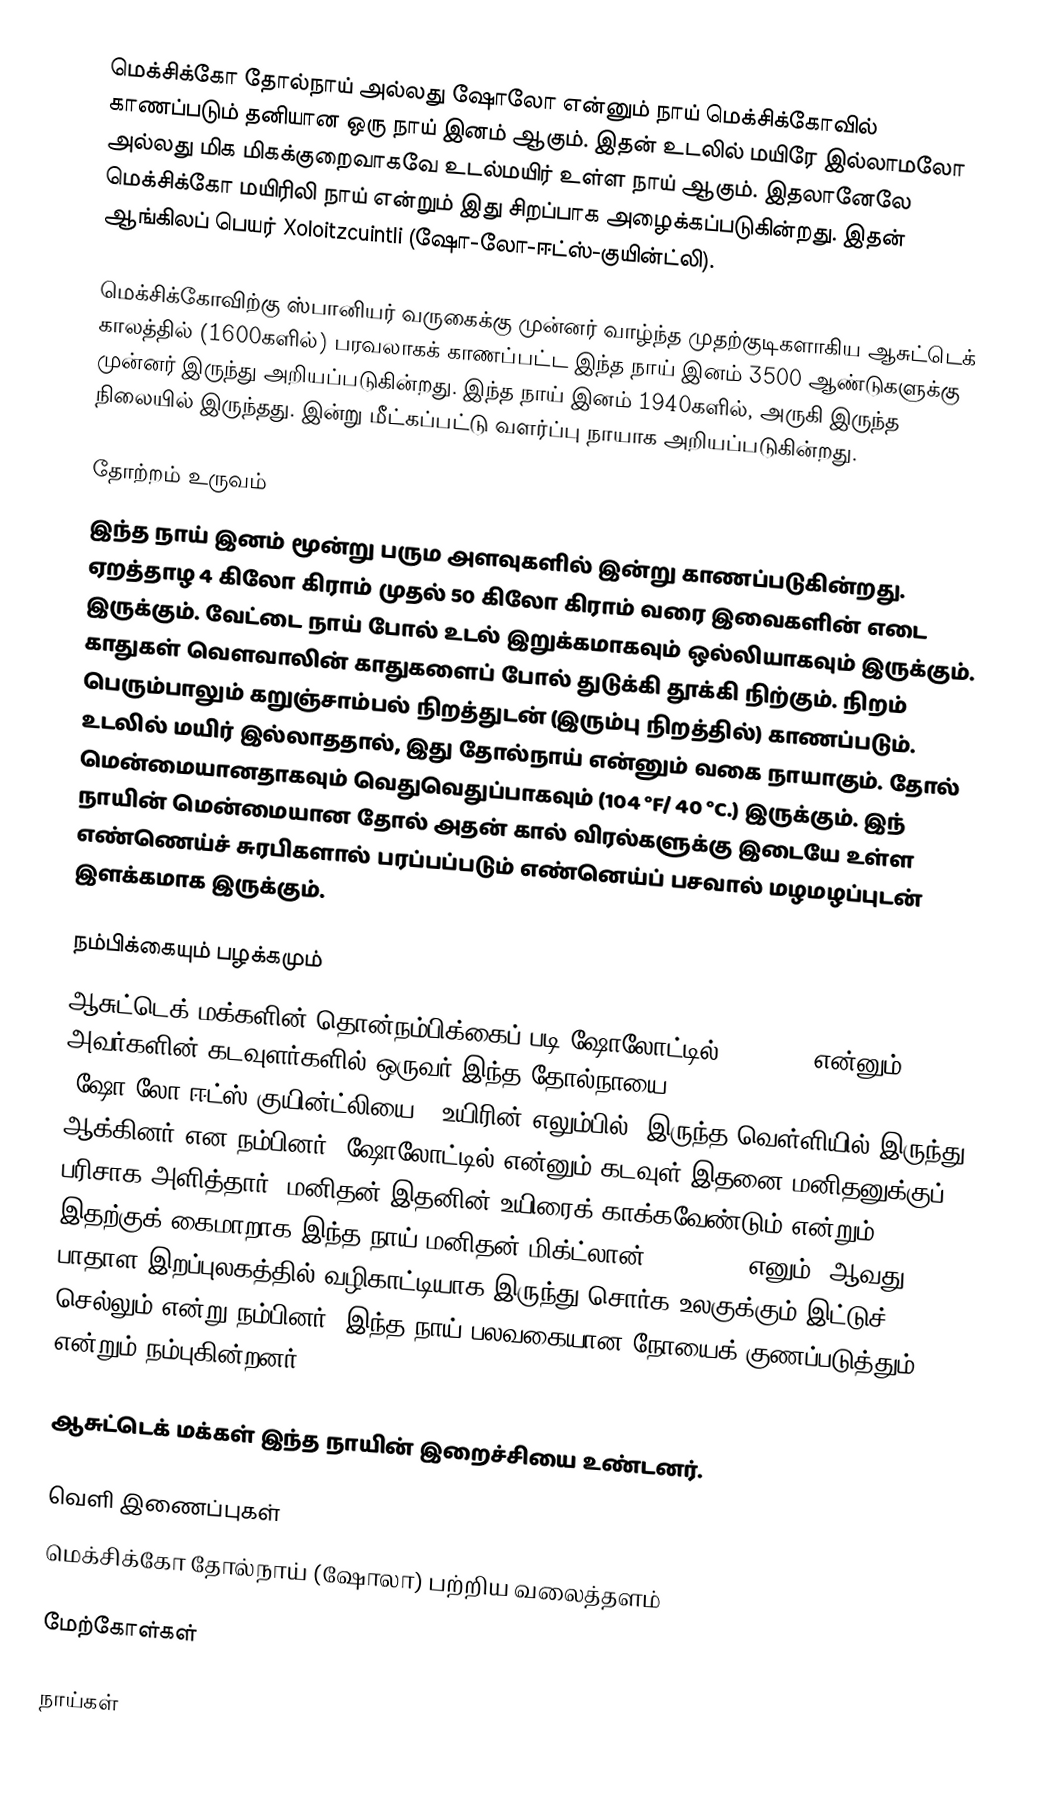
மெக்சிக்கோ தோல்நாய் அல்லது ஷோலோ என்னும் நாய் மெக்சிக்கோவில் காணப்படும் தனியான ஒரு நாய் இனம் ஆகும். இதன் உடலில் மயிரே இல்லாமலோ அல்லது மிக மிகக்குறைவாகவே உடல்மயிர் உள்ள நாய் ஆகும். இதலானேலே மெக்சிக்கோ மயிரிலி நாய் என்றும் இது சிறப்பாக அழைக்கப்படுகின்றது. இதன் ஆங்கிலப் பெயர் Xoloitzcuintli (ஷோ-லோ-ஈட்ஸ்-குயின்ட்லி).

மெக்சிக்கோவிற்கு ஸ்பானியர் வருகைக்கு முன்னர் வாழ்ந்த முதற்குடிகளாகிய ஆசுட்டெக் காலத்தில் (1600களில்) பரவலாகக் காணப்பட்ட இந்த நாய் இனம் 3500 ஆண்டுகளுக்கு முன்னர் இருந்து அறியப்படுகின்றது. இந்த நாய் இனம் 1940களில், அருகி இருந்த நிலையில் இருந்தது. இன்று மீட்கப்பட்டு வளர்ப்பு நாயாக அறியப்படுகின்றது.

தோற்றம் உருவம்
இந்த நாய் இனம் மூன்று பரும அளவுகளில் இன்று காணப்படுகின்றது. ஏறத்தாழ 4 கிலோ கிராம் முதல் 50 கிலோ கிராம் வரை இவைகளின் எடை இருக்கும். வேட்டை நாய் போல் உடல் இறுக்கமாகவும் ஒல்லியாகவும் இருக்கும். காதுகள் வௌவாலின் காதுகளைப் போல் துடுக்கி தூக்கி நிற்கும். நிறம் பெரும்பாலும் கறுஞ்சாம்பல் நிறத்துடன் (இரும்பு நிறத்தில்) காணப்படும். உடலில் மயிர் இல்லாததால், இது தோல்நாய் என்னும் வகை நாயாகும். தோல் மென்மையானதாகவும் வெதுவெதுப்பாகவும் (104 °F/ 40 °C.) இருக்கும். இந் நாயின் மென்மையான தோல் அதன் கால் விரல்களுக்கு இடையே உள்ள எண்ணெய்ச் சுரபிகளால் பரப்பப்படும் எண்னெய்ப் பசவால் மழமழப்புடன் இளக்கமாக இருக்கும்.

நம்பிக்கையும் பழக்கமும்
ஆசுட்டெக் மக்களின் தொன்நம்பிக்கைப் படி ஷோலோட்டில் (Xolotl) என்னும் அவர்களின் கடவுளர்களில் ஒருவர் இந்த தோல்நாயை (ஷோ-லோ-ஈட்ஸ்-குயின்ட்லியை) "உயிரின் எலும்பில்" இருந்த வெள்ளியில் இருந்து ஆக்கினர் என நம்பினர். ஷோலோட்டில் என்னும் கடவுள் இதனை மனிதனுக்குப் பரிசாக அளித்தார். மனிதன் இதனின் உயிரைக் காக்கவேண்டும் என்றும், இதற்குக் கைமாறாக இந்த நாய் மனிதன் மிக்ட்லான் (Mictlan) எனும் 9ஆவது பாதாள இறப்புலகத்தில் வழிகாட்டியாக இருந்து சொர்க உலகுக்கும் இட்டுச் செல்லும் என்று நம்பினர். இந்த நாய் பலவகையான நோயைக் குணப்படுத்தும் என்றும் நம்புகின்றனர்.

ஆசுட்டெக் மக்கள் இந்த நாயின் இறைச்சியை உண்டனர்.

வெளி இணைப்புகள்
மெக்சிக்கோ தோல்நாய் (ஷோலா) பற்றிய வலைத்தளம்

மேற்கோள்கள்

நாய்கள்